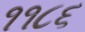
૧૧૮૬